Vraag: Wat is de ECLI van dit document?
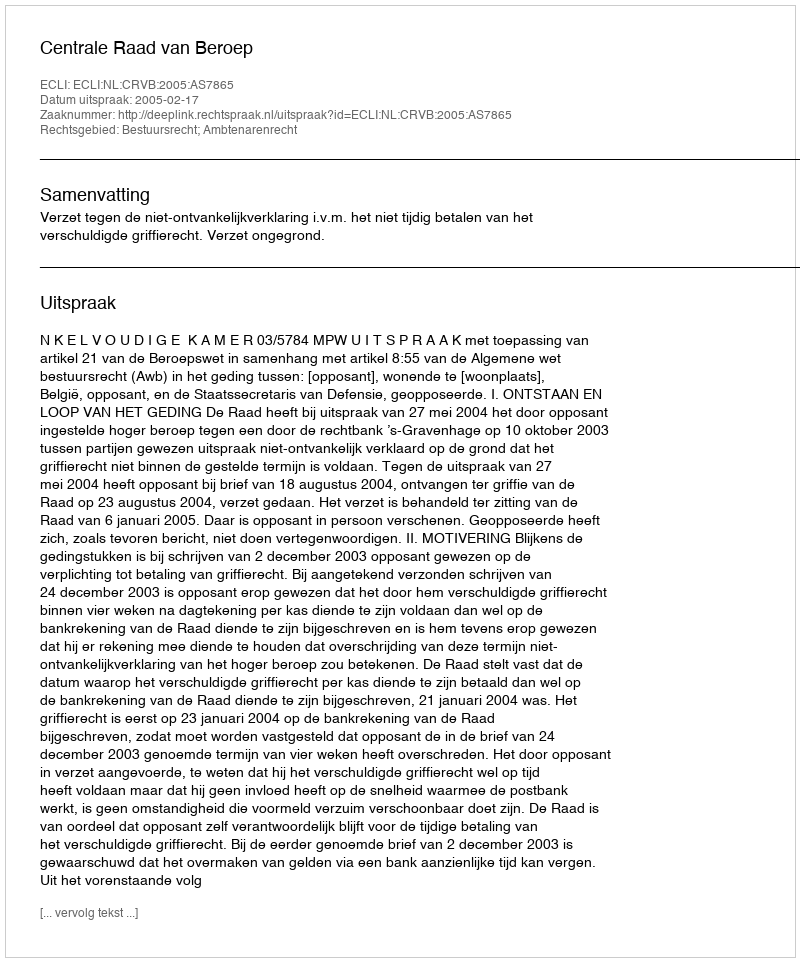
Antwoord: ECLI:NL:CRVB:2005:AS7865